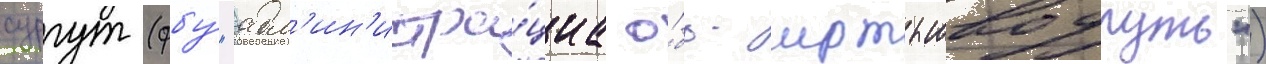
сургут (фбу́ "адм'ин'истра́циа о́бь-иртышводпуть")